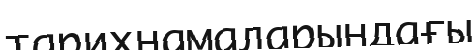
тарихнамаларындағы